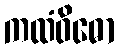
ကထံဝိဓော